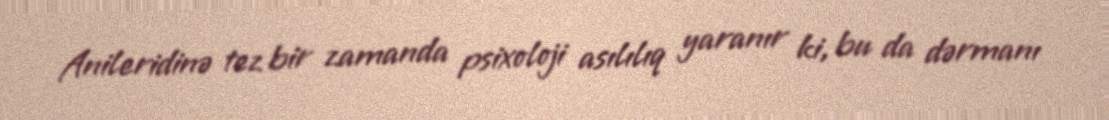
Anileridinə tez bir zamanda psixoloji asılılıq yaranır ki, bu da dərmanı